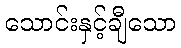
သောင်းနှင့်ချီသော